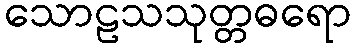
သောဠသသုတ္တဓရော